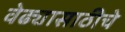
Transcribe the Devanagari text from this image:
वेढ्यासाठीचे